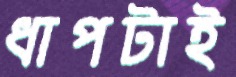
ধাপটাই